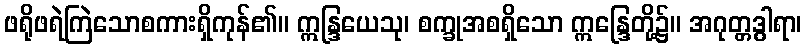
ဖရိုဖရဲကြဲသောစကားရှိကုန်၏။ ဣန္ဒြယေသု၊ စက္ခုအစရှိသော ဣန္ဒြေတို့၌။ အဂုတ္တဒွါရာ၊